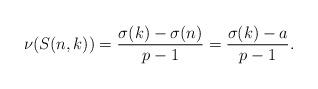
LaTeX: \begin{align*}\nu(S(n,k)) = \frac{\sigma(k)-\sigma(n)}{p-1} = \frac{\sigma(k)-a}{p-1}.\end{align*}